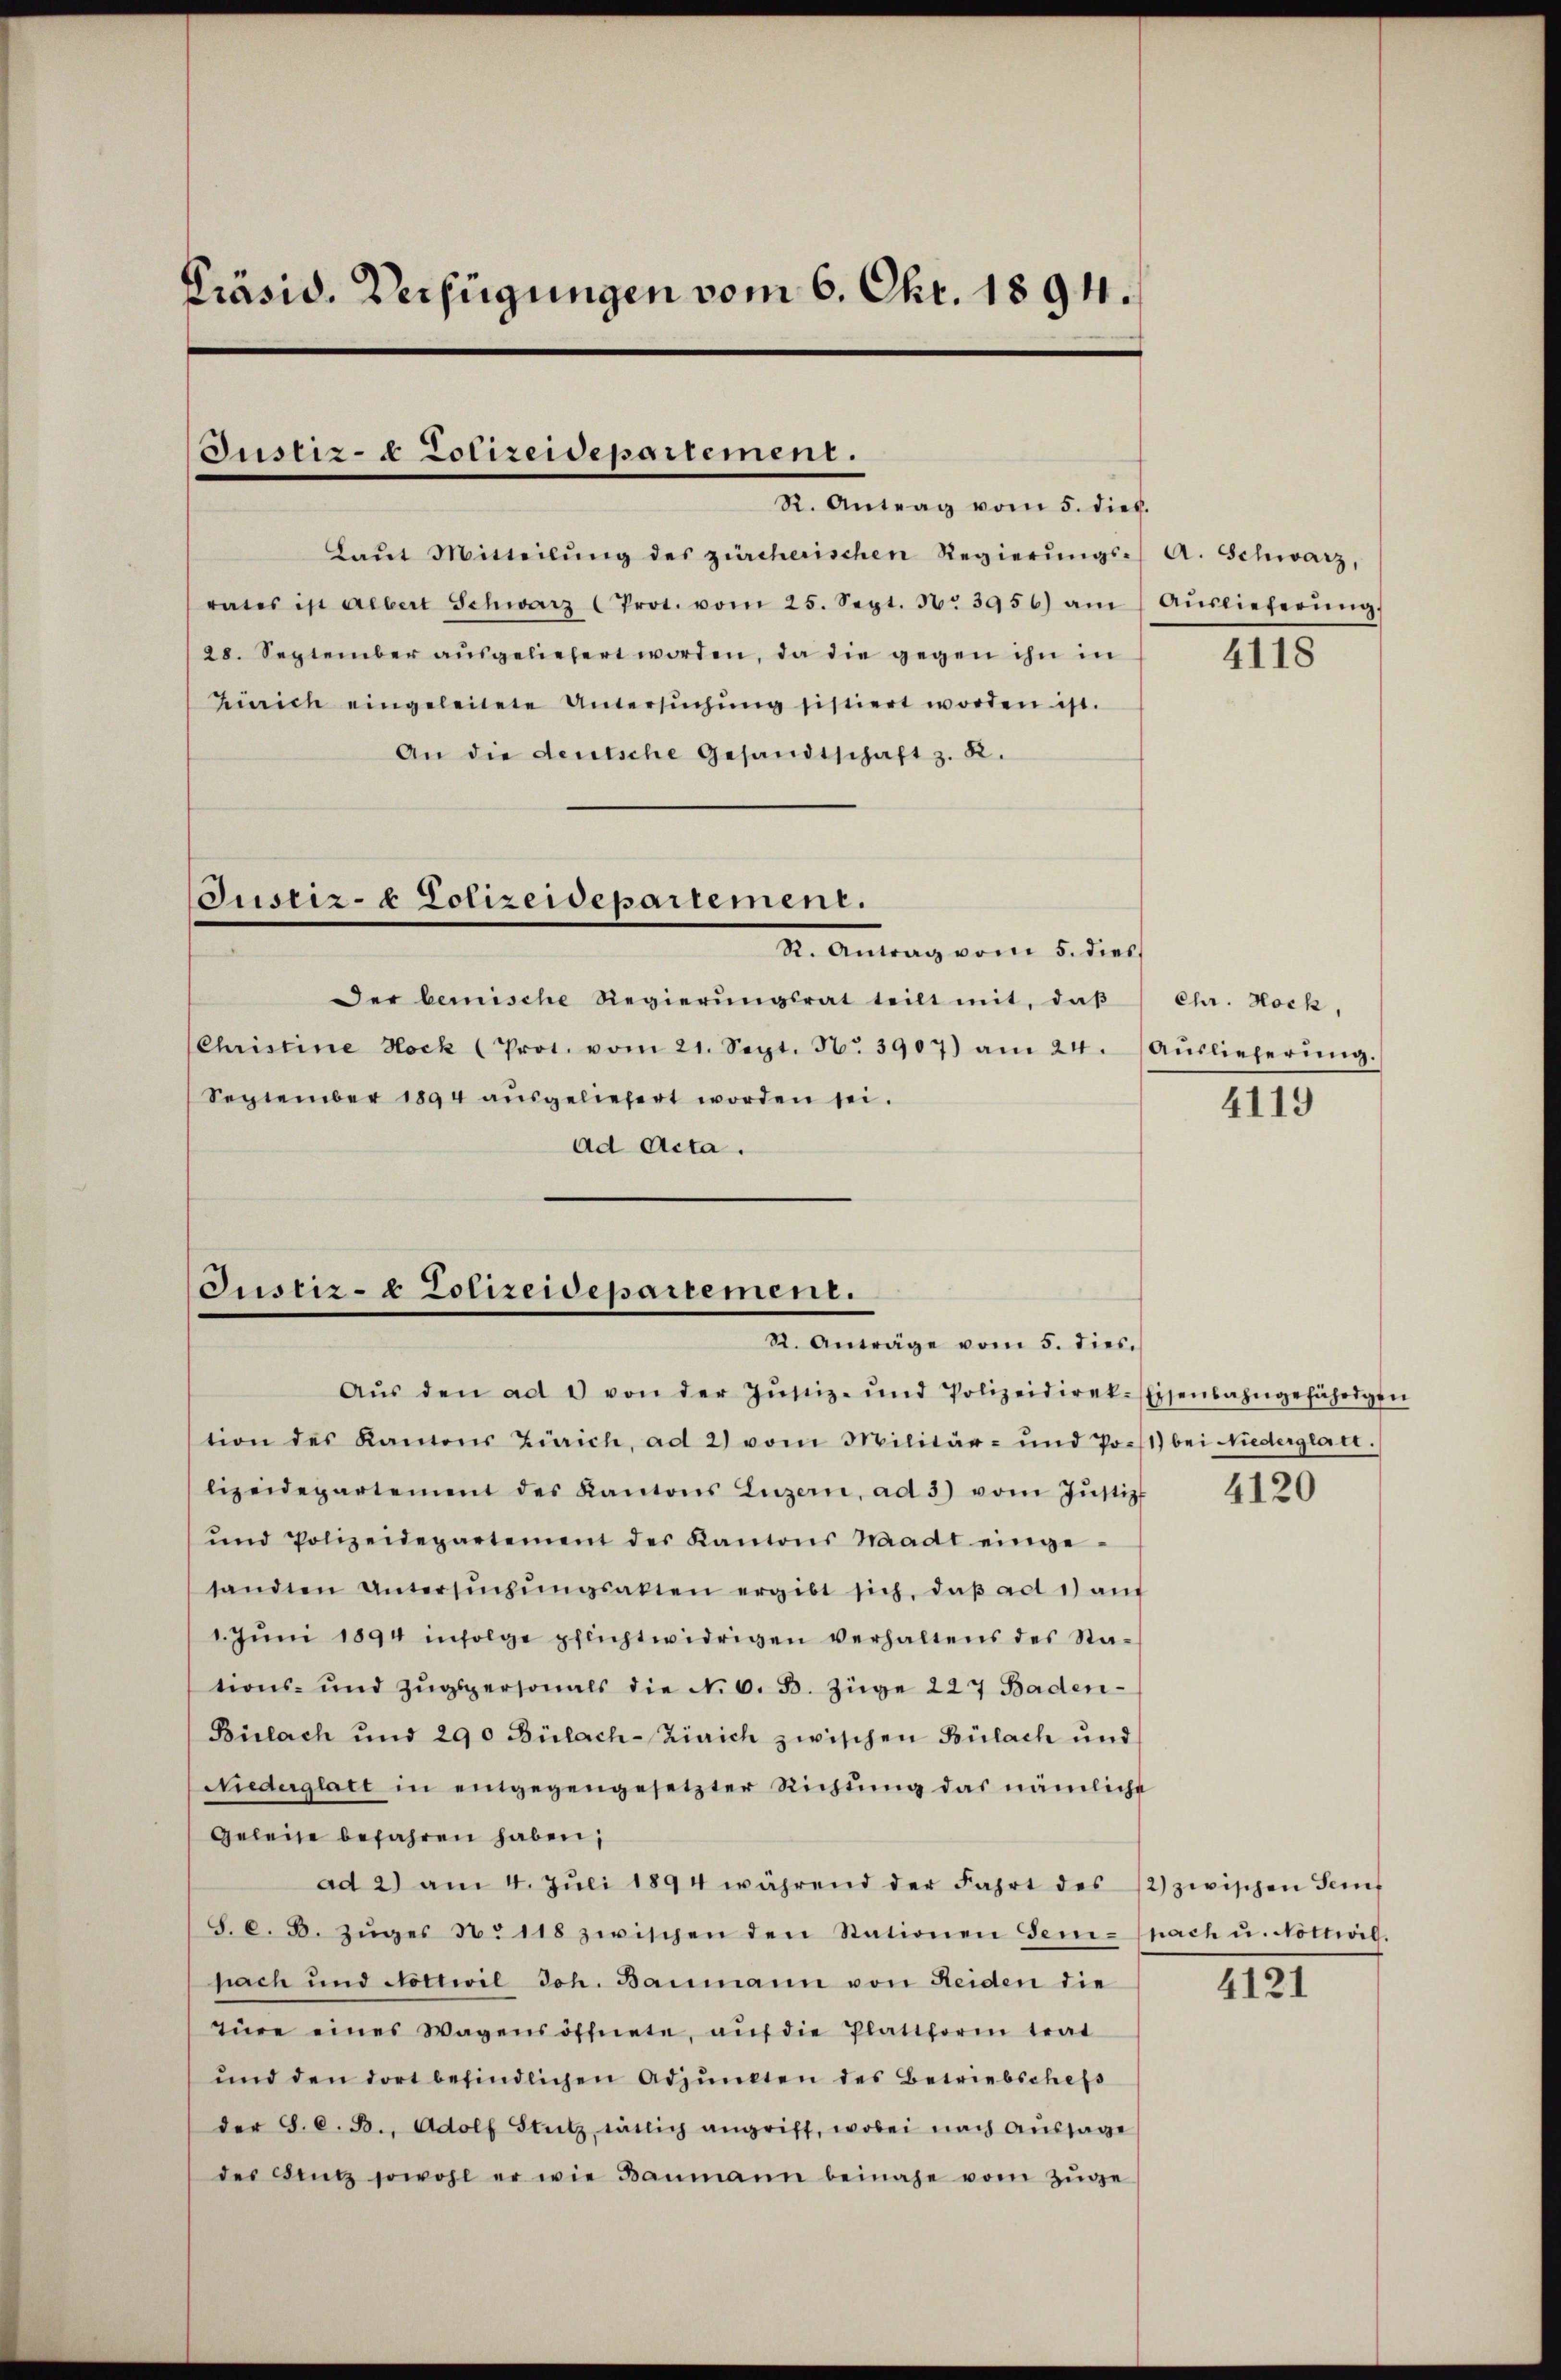
Präsid. Verfügungen vom 6. Okt. 1894.

Justiz- & Polizeidepartement.

R. Antrag vom 5. dieb.
Laŭt Mitteilŭng des zürcherischen Regierŭngs- A. Schwarz,
rates ist albert Schwarz (Prot. vom 25. Sept. N. 3956) am Aŭslieferŭng,
28. September aŭsgeliefert worden, da die gegen ihn in
Zürich eingeleitete Untersŭchŭng sistiert worden ist.
An die deutsche Gesandtschaft z. R.
Justiz- & Polizeidepartement.
S. Antrag vom 5. dies
Der bemische Regierŭngsrat teilt mit, daβ
Christine Hock (Prot. vom 21. Sept. N. 3907) am 24. Aŭslieferŭng.
September 1894 ausgeliefert worden sei.
ad Acta.

Justiz- & Polizeidepartement.
St. Anträge vom 5. dies.

Aŭs den ad 2 von der Zŭstiz- und Polizeidirek-Eisenbahngefährigen
tion des Kamons Zürich, ad 2) vom Militär- und Post bei Niederglatt.
lizeidepartement des Kantons Luzern, ad 3) vom Jŭstiz-
ŭnd Polizeidepartement des Kantons Madt einge-
tandten Untersŭchŭngsakten ergibt sich, daβ ad 1) auf
1. Jŭni 1894 infolge pflichtwidrigen verhaltens des Stations- und Zŭgspersonals die N. O. B. Züge 227 Baden¬
Bülach und 290 Bülach-Zürich zwischen Bülach und
Niederglatt in eingegengesetzter Richtung das nämliche
Geleise befahren haben,
ad 2) am 4. Jŭli 1894 während der Fahrt des 12) zwischen Senf
S. C. B. Zŭger N. 118 zwischen den Stationen Gem-nach u. Nottivil.
pach und Nottwil Joh. Baumann von Heiden die
züre eines Wagens öffnete, aŭf die Plattform trat
ŭnd den dort befindlichen Adjunkten des Betriebschefs
der S. 6. B., Adolf Stutz, rätlich angriff, wobei nach Aussage
der Fintz sowohl er wie Baumann beinahe vom Zŭge

4118

Chr. Hock,

4119

4120

4121